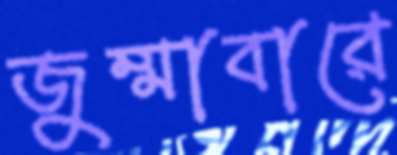
জুম্মাবারে